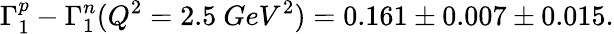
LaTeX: \Gamma_{1}^{p}-\Gamma_{1}^{n}(Q^{2}=2.5\ GeV^{2})=0.161\pm 0.007\pm 0.015.